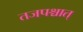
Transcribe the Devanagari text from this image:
तजपश्चात्